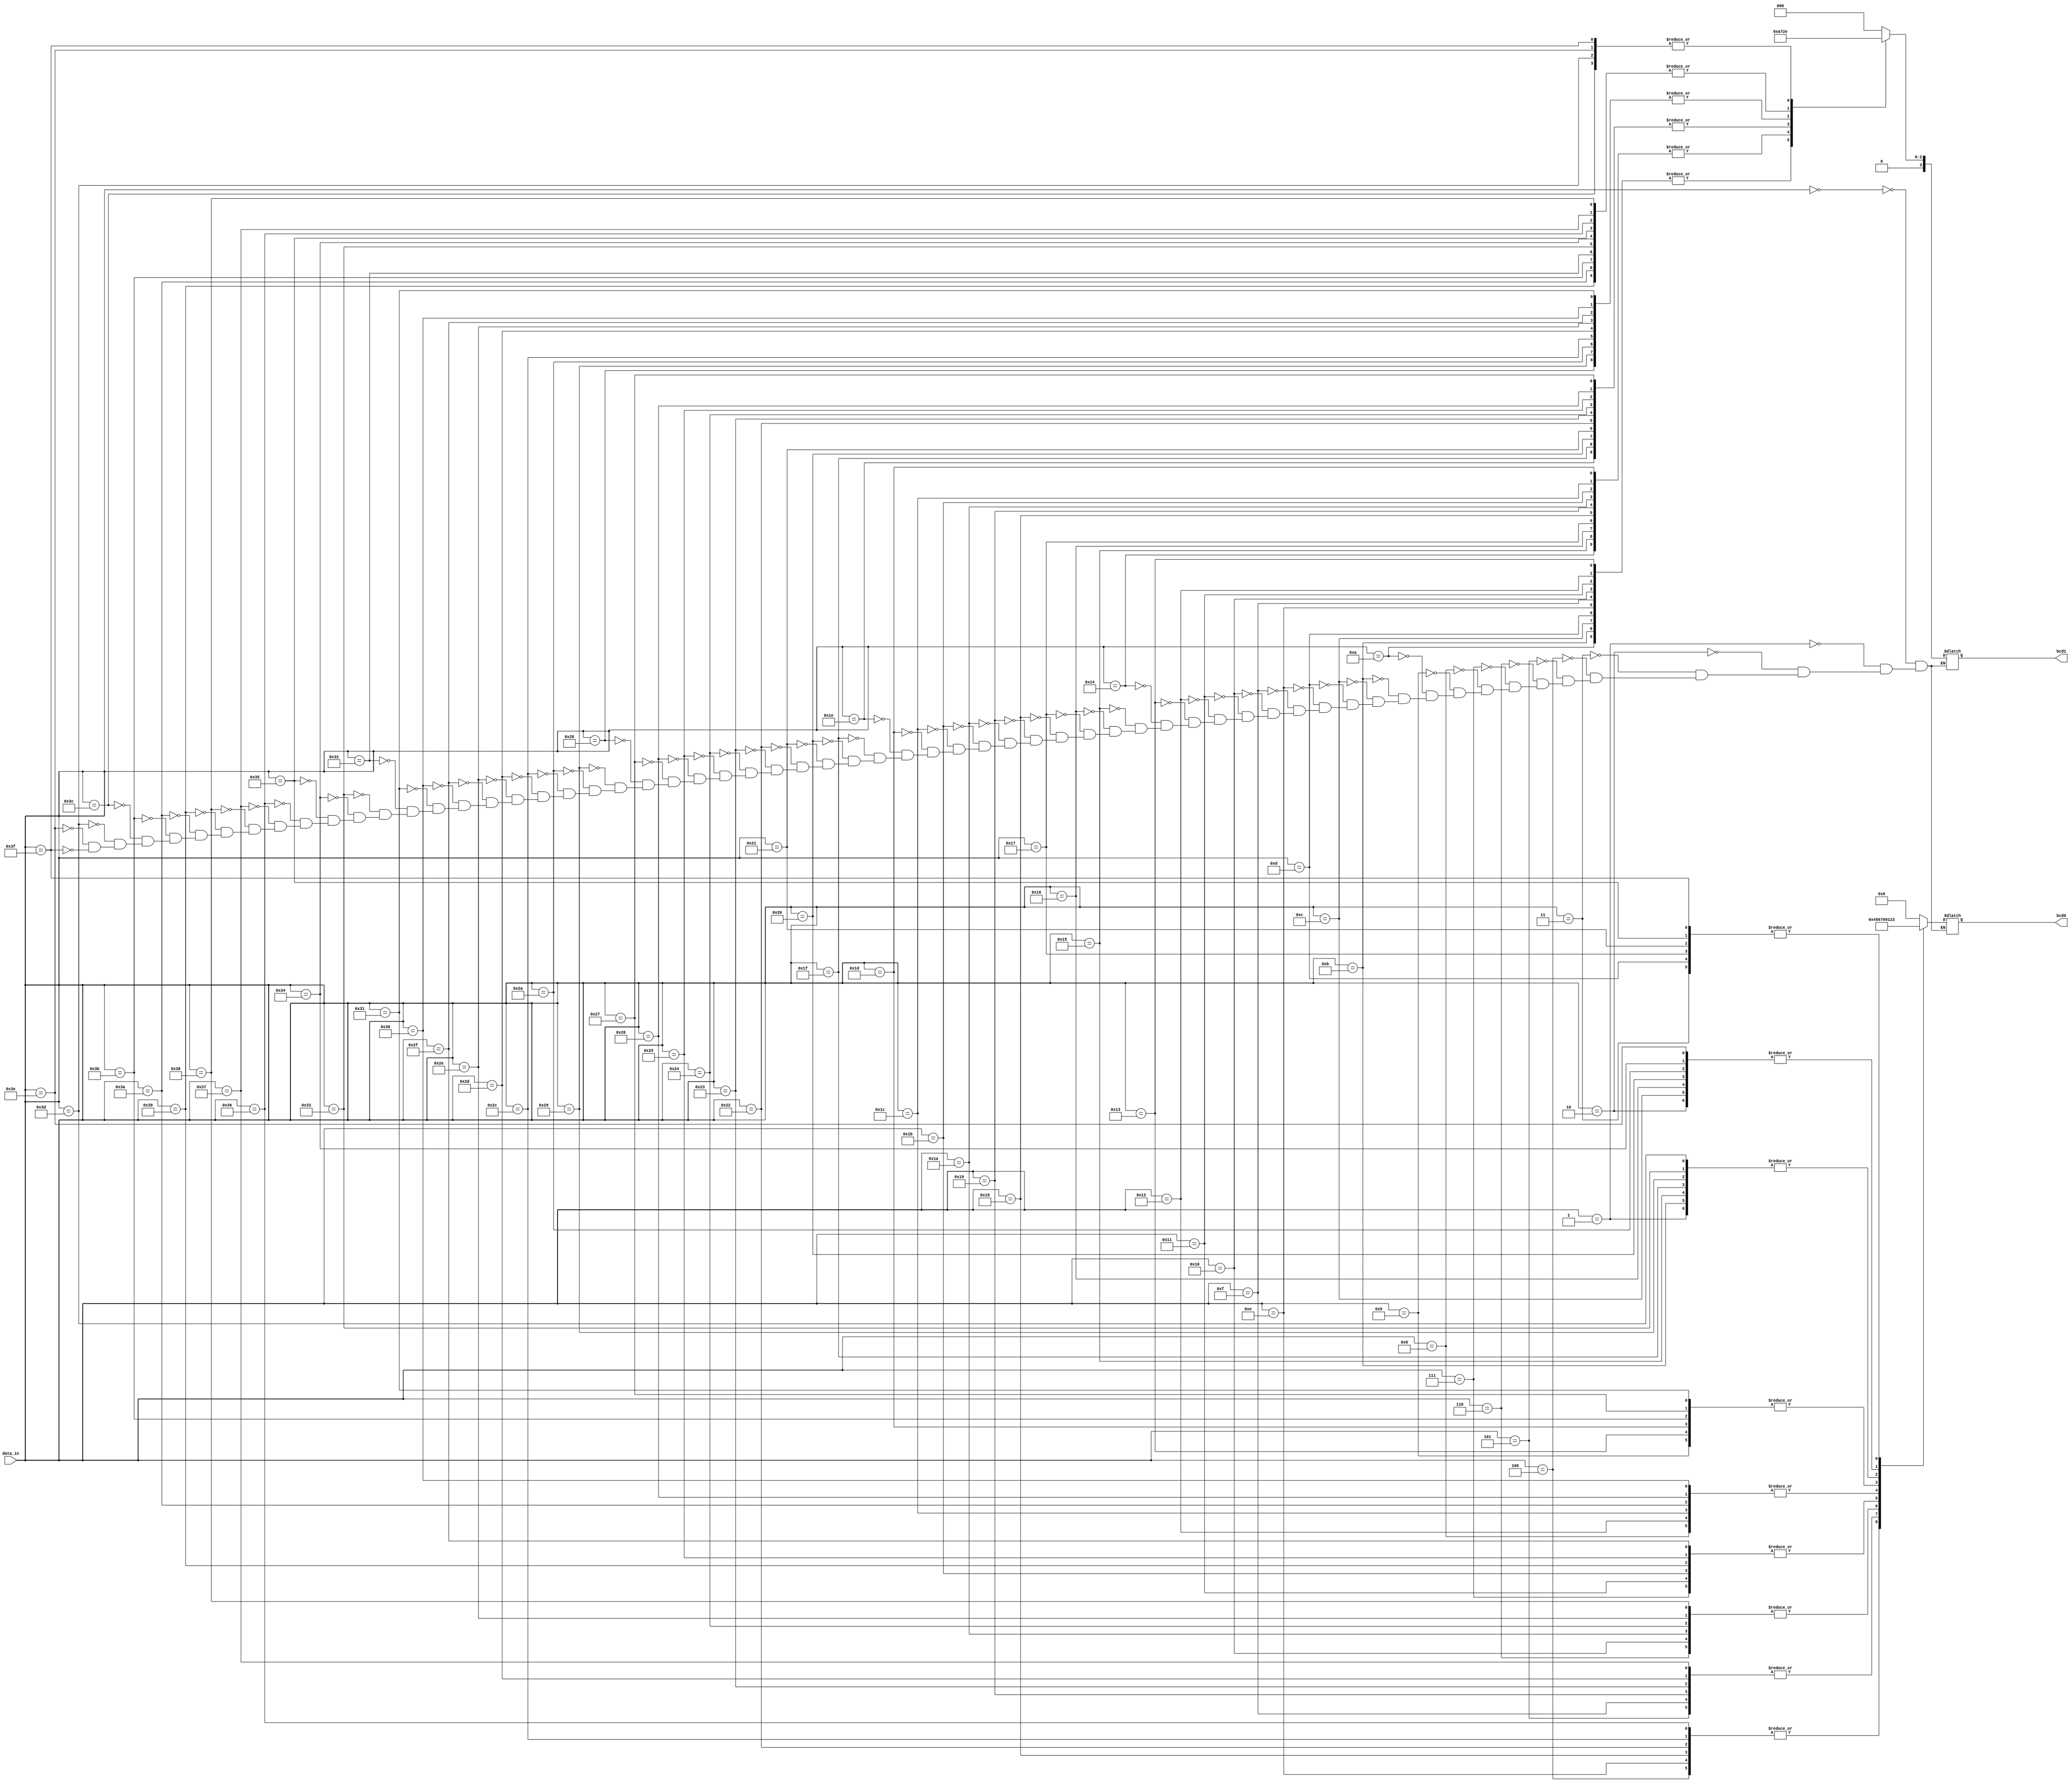
`timescale 1ns / 1ps
//////////////////////////////////////////////////////////////////////////////////
// Company: 
// Engineer: 
// 
// Design Name: 
// Module Name:    slow_clock 
// Project Name: 
// Target Devices: 
// Tool versions: 
// Description: 
//
// Dependencies: 
//
// Revision: 
// Revision 0.01 - File Created
// Additional Comments: 
//
//////////////////////////////////////////////////////////////////////////////////
module bcd(data_in,bcd1,bcd0);

input [5:0] data_in;
output [3:0] bcd1;
output [3:0] bcd0;

reg [3:0] bcd1;
reg [3:0] bcd0;

always@ (data_in)
begin
	case(data_in)
	 0 : begin bcd1 <= 4'b0000; bcd0 <= 4'b0000; end
    1 : begin bcd1 <= 4'b0000; bcd0 <= 4'b0001; end
    2 : begin bcd1 <= 4'b0000; bcd0 <= 4'b0010; end
    3 : begin bcd1 <= 4'b0000; bcd0 <= 4'b0011; end
    4 : begin bcd1 <= 4'b0000; bcd0 <= 4'b0100; end
    5 : begin bcd1 <= 4'b0000; bcd0 <= 4'b0101; end
    6 : begin bcd1 <= 4'b0000; bcd0 <= 4'b0110; end
    7 : begin bcd1 <= 4'b0000; bcd0 <= 4'b0111; end
    8 : begin bcd1 <= 4'b0000; bcd0 <= 4'b1000; end
    9 : begin bcd1 <= 4'b0000; bcd0 <= 4'b1001; end
    10 : begin bcd1 <= 4'b0001; bcd0 <= 4'b0000; end
    11 : begin bcd1 <= 4'b0001; bcd0 <= 4'b0001; end
    12 : begin bcd1 <= 4'b0001; bcd0 <= 4'b0010; end
    13 : begin bcd1 <= 4'b0001; bcd0 <= 4'b0011; end
    14 : begin bcd1 <= 4'b0001; bcd0 <= 4'b0100; end
    15 : begin bcd1 <= 4'b0001; bcd0 <= 4'b0101; end
    16 : begin bcd1 <= 4'b0001; bcd0 <= 4'b0110; end
    17 : begin bcd1 <= 4'b0001; bcd0 <= 4'b0111; end
    18 : begin bcd1 <= 4'b0001; bcd0 <= 4'b1000; end
    19 : begin bcd1 <= 4'b0001; bcd0 <= 4'b1001; end
    20 : begin bcd1 <= 4'b0010; bcd0 <= 4'b0000; end
    21 : begin bcd1 <= 4'b0010; bcd0 <= 4'b0001; end
    22 : begin bcd1 <= 4'b0010; bcd0 <= 4'b0010; end
    23 : begin bcd1 <= 4'b0010; bcd0 <= 4'b0011; end
    24 : begin bcd1 <= 4'b0010; bcd0 <= 4'b0100; end
    25 : begin bcd1 <= 4'b0010; bcd0 <= 4'b0101; end
    26 : begin bcd1 <= 4'b0010; bcd0 <= 4'b0110; end
    27 : begin bcd1 <= 4'b0010; bcd0 <= 4'b0111; end
    28 : begin bcd1 <= 4'b0010; bcd0 <= 4'b1000; end
    29 : begin bcd1 <= 4'b0010; bcd0 <= 4'b1001; end
    30 : begin bcd1 <= 4'b0011; bcd0 <= 4'b0000; end
    31 : begin bcd1 <= 4'b0011; bcd0 <= 4'b0001; end
	 32 : begin bcd1 <= 4'b0011; bcd0 <= 4'b0010; end
    33 : begin bcd1 <= 4'b0011; bcd0 <= 4'b0011; end
    34 : begin bcd1 <= 4'b0011; bcd0 <= 4'b0100; end
    35 : begin bcd1 <= 4'b0011; bcd0 <= 4'b0101; end
    36 : begin bcd1 <= 4'b0011; bcd0 <= 4'b0110; end
    37 : begin bcd1 <= 4'b0011; bcd0 <= 4'b0111; end
    38 : begin bcd1 <= 4'b0011; bcd0 <= 4'b1000; end
    39 : begin bcd1 <= 4'b0011; bcd0 <= 4'b1001; end
    40 : begin bcd1 <= 4'b0100; bcd0 <= 4'b0000; end
    41 : begin bcd1 <= 4'b0100; bcd0 <= 4'b0001; end
    42 : begin bcd1 <= 4'b0100; bcd0 <= 4'b0010; end
    44 : begin bcd1 <= 4'b0100; bcd0 <= 4'b0100; end
    45 : begin bcd1 <= 4'b0100; bcd0 <= 4'b0101; end
    46 : begin bcd1 <= 4'b0100; bcd0 <= 4'b0110; end
    47 : begin bcd1 <= 4'b0100; bcd0 <= 4'b0111; end
    48 : begin bcd1 <= 4'b0100; bcd0 <= 4'b1000; end
    49 : begin bcd1 <= 4'b0100; bcd0 <= 4'b1001; end
    50 : begin bcd1 <= 4'b0101; bcd0 <= 4'b0000; end
    51 : begin bcd1 <= 4'b0101; bcd0 <= 4'b0001; end
    52 : begin bcd1 <= 4'b0101; bcd0 <= 4'b0010; end
    53 : begin bcd1 <= 4'b0101; bcd0 <= 4'b0011; end
    54 : begin bcd1 <= 4'b0101; bcd0 <= 4'b0100; end
    55 : begin bcd1 <= 4'b0101; bcd0 <= 4'b0101; end
    56 : begin bcd1 <= 4'b0101; bcd0 <= 4'b0110; end
    57 : begin bcd1 <= 4'b0101; bcd0 <= 4'b0111; end
    58 : begin bcd1 <= 4'b0101; bcd0 <= 4'b1000; end
    59 : begin bcd1 <= 4'b0101; bcd0 <= 4'b1001; end
    60 : begin bcd1 <= 4'b0110; bcd0 <= 4'b0000; end
    61 : begin bcd1 <= 4'b0110; bcd0 <= 4'b0001; end
    62 : begin bcd1 <= 4'b0110; bcd0 <= 4'b0010; end
    63 : begin bcd1 <= 4'b0110; bcd0 <= 4'b0011; end
	 endcase
	 end
endmodule